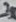
Text: 3